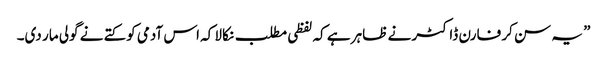
” یہ سن کر فارن ڈاکٹر نے ظاہر ہے کہ لفظی مطلب نکالا کہ اس آدمی کو کتے نے گولی مار دی۔